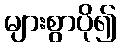
များစွာပို၍